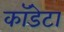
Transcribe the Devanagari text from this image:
कॉडेटा